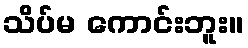
သိပ်မ ကောင်းဘူး။